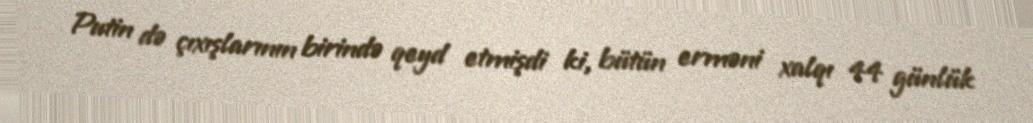
Putin də çıxışlarının birində qeyd etmişdi ki, bütün erməni xalqı 44 günlük